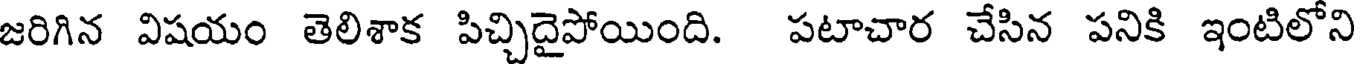
జరిగిన విషయం తెలిశాక పిచ్చిదైపోయింది. పటాచార చేసిన పనికి ఇంటిలోని